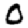
Digit: 0